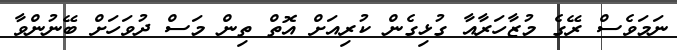
ނަމަވެސް ރޭގެ މުޒާހަރާއާ ގުޅިގެން ކުރިއަށް އޮތް ތިން މަސް ދުވަހަށް ބޭނުންވާ